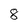
Character: 8